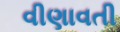
વીણાવતી